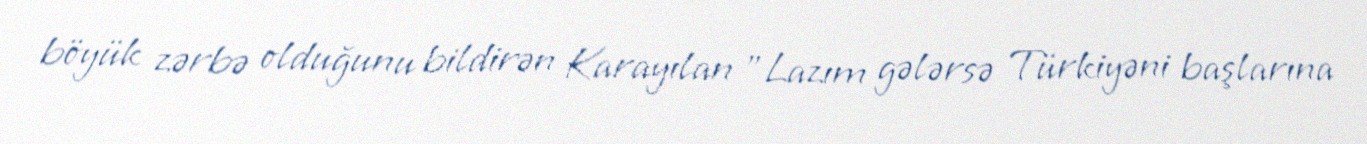
böyük zərbə olduğunu bildirən Karayılan "Lazım gələrsə Türkiyəni başlarına